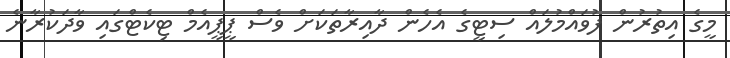
މީގެ އިތުރުން ފުވައްމުލައް ސިޓީގެ އެހެން ދާއިރާތަކަށް ވެސް ޕީޕީއެމް ޓިކެޓްގައި ވާދަކުރާނެ